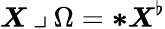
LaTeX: \boldsymbol{X}\mathbin{\lrcorner}\Omega={\boldsymbol{*}}\boldsymbol{X}^{\flat}